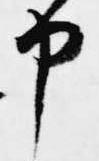
申